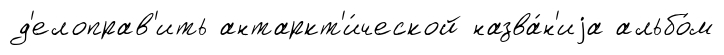
д'елоправ'ить антаркт'и́ческой назва́н'иjа альбо́м